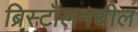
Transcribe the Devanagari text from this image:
ब्रिस्टॉलमधील